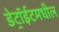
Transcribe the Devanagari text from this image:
डेट्रॉईटमधील